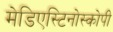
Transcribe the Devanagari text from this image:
मेडिएस्टिनोस्कोपी